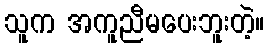
သူက အကူညီမပေးဘူးတဲ့။